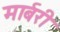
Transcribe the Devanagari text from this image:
मार्बरी